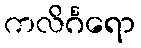
ကလိင်္ဂရော